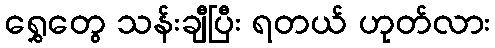
ရွှေတွေ သန်းချီပြီး ရတယ် ဟုတ်လား